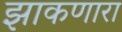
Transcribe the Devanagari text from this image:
झाकणारा